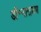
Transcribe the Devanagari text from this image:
डॉ॰नारायण